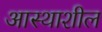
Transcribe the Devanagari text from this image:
आस्थाशील